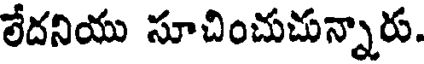
లేదనియు సూచించుచున్నారు.